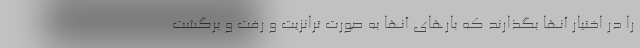
را در اختیار آنها بگذارند که بارهای آنها به صورت ترانزیت و رفت و برگشت